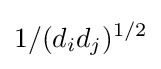
1/(d_{i}d_{j})^{1/2}